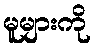
မူများကို